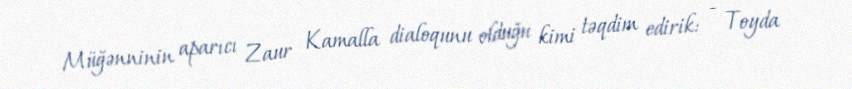
Müğənninin aparıcı Zaur Kamalla dialoqunu olduğu kimi təqdim edirik: - Toyda